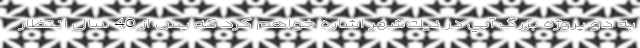
به دو پروژه بزرگ آبي در نيك‌شهر اشاره خواهم كرد كه پس از 40 سال انتظار